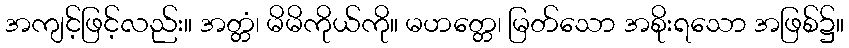
အကျင့်ဖြင့်လည်း။ အတ္တံ၊ မိမိကိုယ်ကို။ မဟတ္တေ၊ မြတ်သော အစိုးရသော အဖြစ်၌။